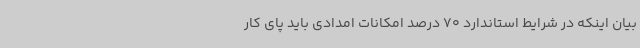
بیان اینکه در شرایط استاندارد 70 درصد امکانات امدادی باید پای کار